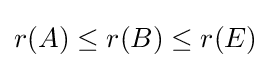
r(A)\leq r(B)\leq r(E)